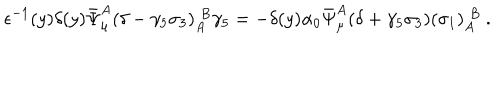
\epsilon ^ { - 1 } ( y ) \delta ( y ) \bar { \Psi } _ { \mu } ^ { A } ( \delta - \gamma _ { 5 } \sigma _ { 3 } ) _ { A } ^ { \; B } \gamma _ { 5 } = - \delta ( y ) \alpha _ { 0 } \bar { \Psi } _ { \mu } ^ { A } ( \delta + \gamma _ { 5 } \sigma _ { 3 } ) ( \sigma _ { 1 } ) _ { A } ^ { \; B } \ .